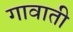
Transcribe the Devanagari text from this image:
गावाती